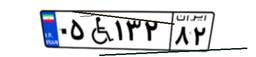
۰۵W۱۳۲۸۲